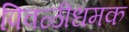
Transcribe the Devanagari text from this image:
पिवळीधमक